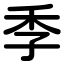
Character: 季